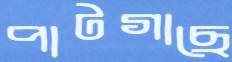
পাটগাছে